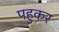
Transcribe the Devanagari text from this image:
पहुकर